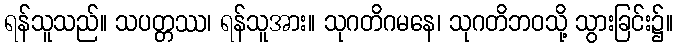
ရန်သူသည်။ သပတ္တဿ၊ ရန်သူအား။ သုဂတိဂမနေ၊ သုဂတိဘဝသို့ သွားခြင်း၌။